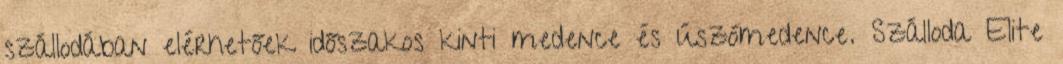
szállodában elérhetőek időszakos kinti medence és úszómedence. Szálloda Elite